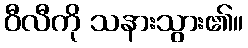
ဝီလီကို သနားသွား၏။